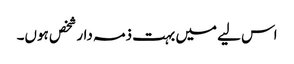
اس لیے میں بہت ذمہ دار شخص ہوں۔